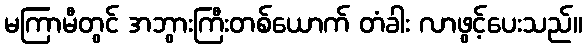
မကြာမီတွင် အဘွားကြီးတစ်ယောက် တံခါး လာဖွင့်ပေးသည်။